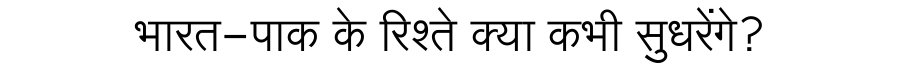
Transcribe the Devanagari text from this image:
भारत-पाक के रिश्ते क्या कभी सुधरेंगे?